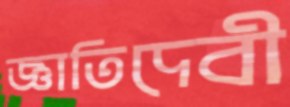
জ্ঞাতিদেবী